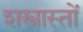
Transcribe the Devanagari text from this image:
शस्त्रास्तों